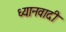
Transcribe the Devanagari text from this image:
ध्यानवादी